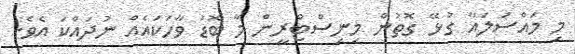
މި މައްސަލައާ ގުޅޭ ގޮތުން މިނިސްޓްރީން މާ ބޮޑު ވާހަކައެއް ނުދައްކަ އެވެ.